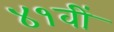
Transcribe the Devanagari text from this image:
४१वीं